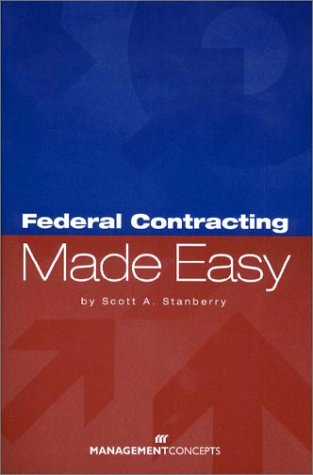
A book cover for Federal Contracting Made Easy; Scott A. Stanberry; Law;